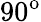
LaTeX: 90^{\textup{o}}